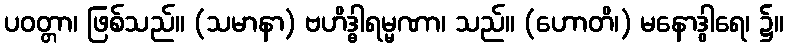
ပဝတ္တာ၊ ဖြစ်သည်။ (သမာနာ) ဗဟိဒ္ဓါရမ္မဏာ၊ သည်။ (ဟောတိ၊) မနောဒွါရေ၊ ၌။